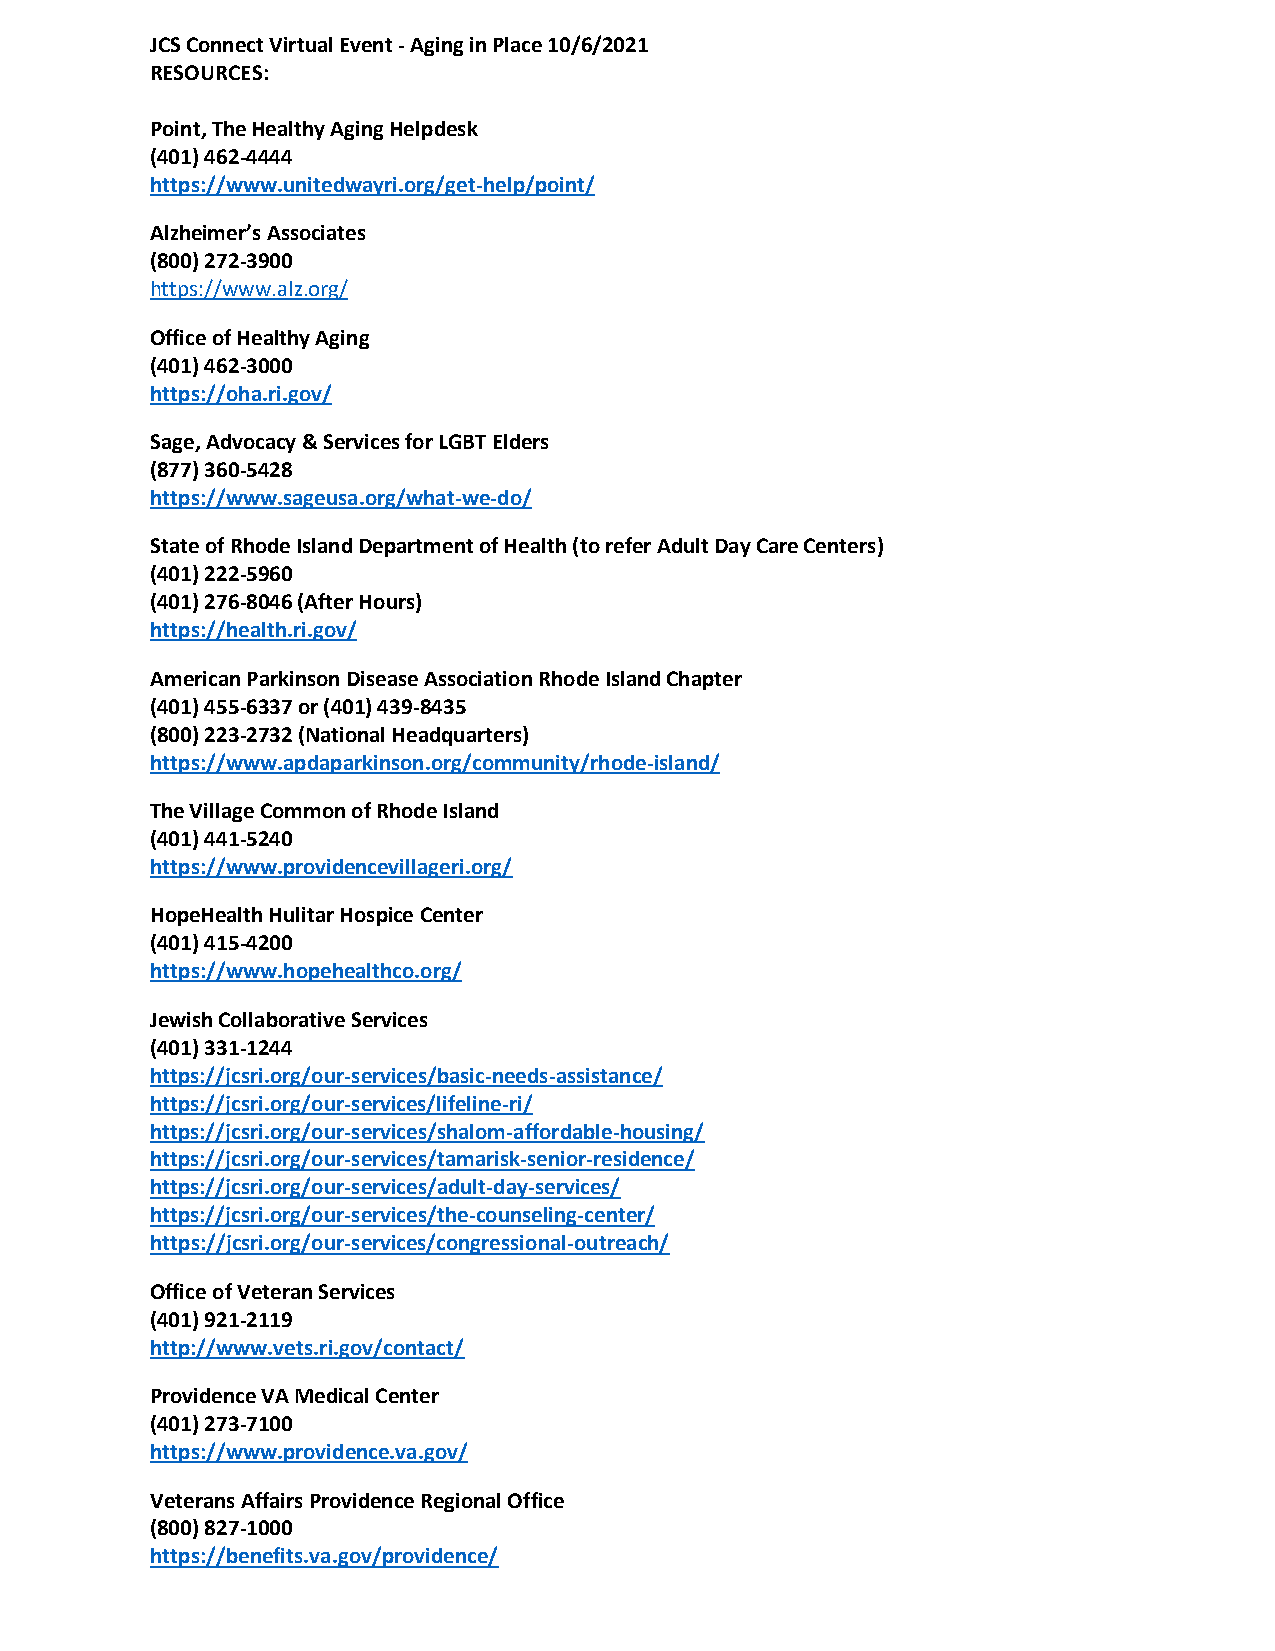
JCS Connect Virtual Event - Aging in Place 10/6/2021
 RESOURCES:
 Point, The Healthy Aging Helpdesk
 (401) 462-4444
 https://www.unitedwayri.org/get-help/point/
 Alzheimer’s Associates
 (800) 272-3900
 https://www.alz.org/
 Office of Healthy Aging
 (401) 462-3000
 https://oha.ri.gov/
 Sage, Advocacy & Services for LGBT Elders
 (877) 360-5428
 https://www.sageusa.org/what-we-do/
 State of Rhode Island Department of Health (to refer Adult Day Care Centers)
 (401) 222-5960
 (401) 276-8046 (After Hours)
 https://health.ri.gov/
 American Parkinson Disease Association Rhode Island Chapter
 (401) 455-6337 or (401) 439-8435
 (800) 223-2732 (National Headquarters)
 https://www.apdaparkinson.org/community/rhode-island/
 The Village Common of Rhode Island
 (401) 441-5240
 https://www.providencevillageri.org/
 HopeHealth Hulitar Hospice Center
 (401) 415-4200
 https://www.hopehealthco.org/
 Jewish Collaborative Services
 (401) 331-1244
 https://jcsri.org/our-services/basic-needs-assistance/
 https://jcsri.org/our-services/lifeline-ri/
 https://jcsri.org/our-services/shalom-affordable-housing/
 https://jcsri.org/our-services/tamarisk-senior-residence/
 https://jcsri.org/our-services/adult-day-services/
 https://jcsri.org/our-services/the-counseling-center/
 https://jcsri.org/our-services/congressional-outreach/
 Office of Veteran Services
 (401) 921-2119
 http://www.vets.ri.gov/contact/
 Providence VA Medical Center
 (401) 273-7100
 https://www.providence.va.gov/
 Veterans Affairs Providence Regional Office
 (800) 827-1000
 https://benefits.va.gov/providence/